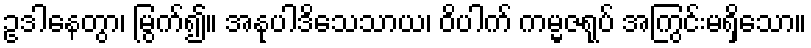
ဥဒါနေတွာ၊ မြွက်၍။ အနုပါဒိသေသာယ၊ ဝိပါက် ကမ္မဇရုပ် အကြွင်းမရှိသော။